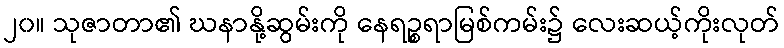
၂၀။ သုဇာတာ၏ ဃနာနို့ဆွမ်းကို နေရဉ္စရာမြစ်ကမ်း၌ လေးဆယ့်ကိုးလုတ်